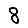
Digit: 8